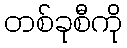
တစ်ခုစီကို